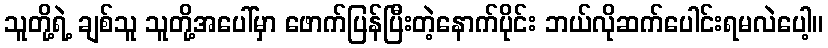
သူတို့ရဲ့ ချစ်သူ သူတို့အပေါ်မှာ ဖောက်ပြန်ပြီးတဲ့နောက်ပိုင်း ဘယ်လိုဆက်ပေါင်းရမလဲပေါ့။